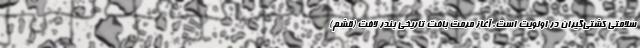
سلامتی کشتی‌گیران در اولویت است. آغاز مرمت بافت تاریخی بندر لافت (قشم)